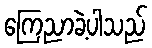
ကြေညာခဲ့ပါသည်